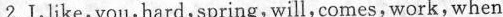
2.I,like,you,hard,spring,will,comes,work,when